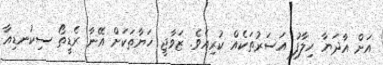
އަށް އާދަޔާ ހިލާފު އަސަރުތަކެއް ކުރިއެވެ. ޒަވާޖީ ހަޔާތަކަށް އޭނާ ރެޑީތޯ ސިކުނޑިއާ